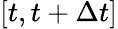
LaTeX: [t,t+\Delta t]